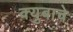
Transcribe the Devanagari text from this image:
क्युबाचे